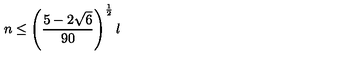
n \le \left( { \frac { 5 - 2 \sqrt { 6 } } { 9 0 } } \right) ^ { \frac { 1 } { 2 } } l